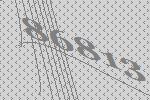
86813